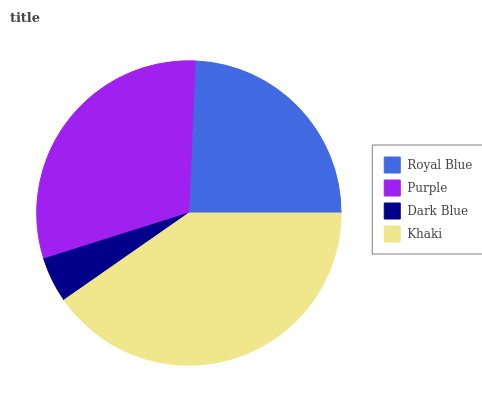
| Royal Blue | Purple | Dark Blue | Khaki |
 | --- | --- | --- | --- |
 | 24.4% | 30.6% | 4.82% | 40.3% |